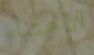
الإعتناء